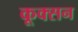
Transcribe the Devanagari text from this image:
कूक्सन